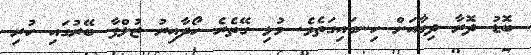
ބޮޑު ދޮރާ ދިމާއަށް ހިނގައިގަތެވެ. މުޅި ގޭތެރެ ހޯދާއިރު ޒުލްފާ ބޭރުގައި ހުރި